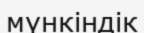
мүнкіндік